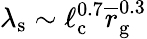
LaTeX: \lambda_{\mathrm{s}}\sim\ell_{\mathrm{c}}^{0.7}\overline{r}_{\mathrm{g}}^{0.3}